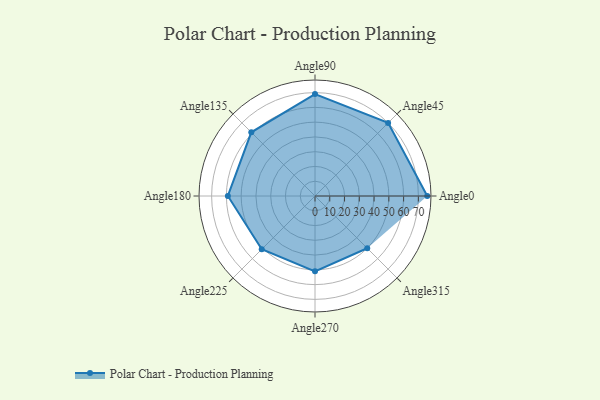
{"axis": {"x": "Angle", "y": "Radius"}, "legend": [""], "data": [{"x": "Angle0", "y": 76.0, "type": ""}, {"x": "Angle45", "y": 70.0, "type": ""}, {"x": "Angle90", "y": 69.0, "type": ""}, {"x": "Angle135", "y": 61.0, "type": ""}, {"x": "Angle180", "y": 59.0, "type": ""}, {"x": "Angle225", "y": 51.0, "type": ""}, {"x": "Angle270", "y": 51.0, "type": ""}, {"x": "Angle315", "y": 50, "type": ""}]}